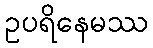
ဥပရိနေမဿ